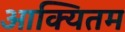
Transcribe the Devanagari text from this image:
आक्यितम